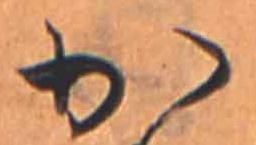
か